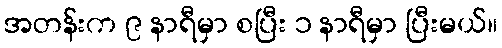
အတန်းက ၉ နာရီမှာ စပြီး ၁ နာရီမှာ ပြီးမယ်။